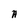
Character: A